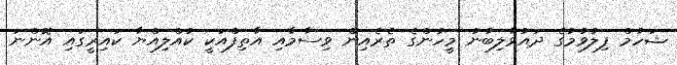
ޝަހުމް ފިލުވުމުގެ ދައުވާލިބުނު މީހުންގެ ތެރެއިން ވިސާމާއި އާތިފްއަކީ ކުއްލިއްޔާ ކައިރީގައި އޮންނަ